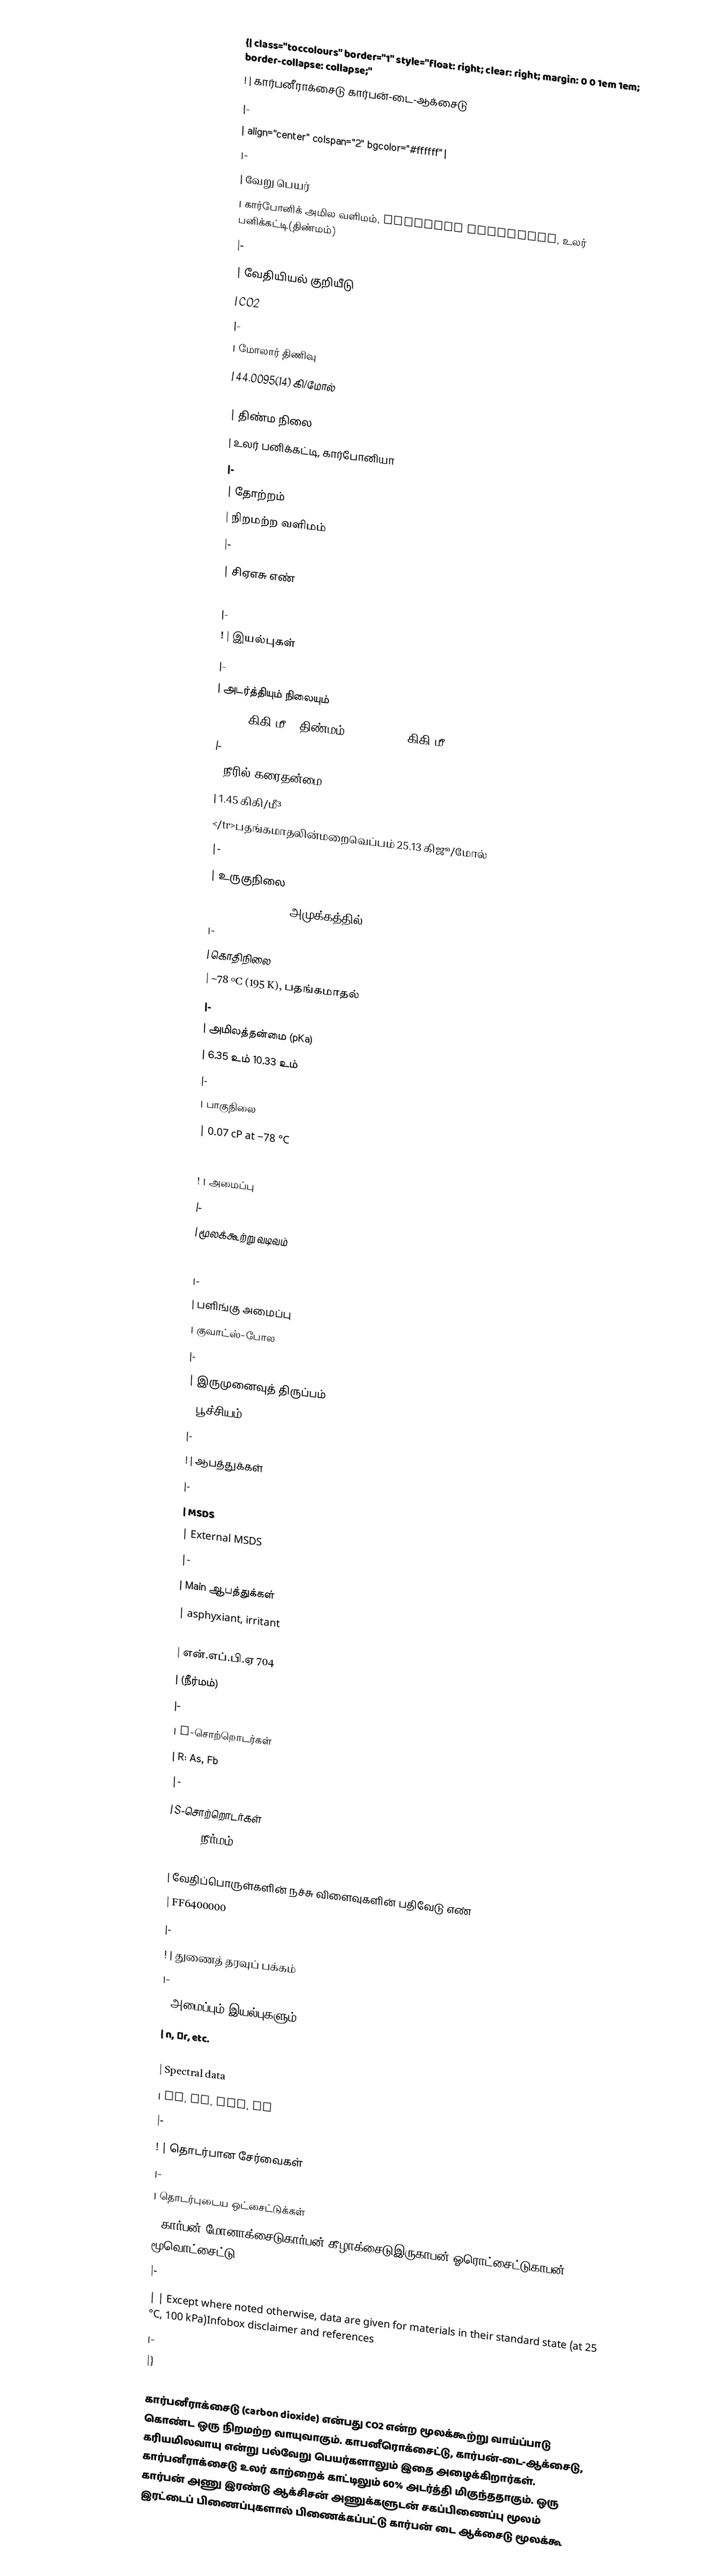
{| class="toccolours" border="1" style="float: right; clear: right; margin: 0 0 1em 1em; border-collapse: collapse;"
! | கார்பனீராக்சைடு கார்பன்-டை-ஆக்சைடு
|-
| align="center" colspan="2" bgcolor="#ffffff" |
|-
| வேறு பெயர்
| கார்போனிக் அமில வளிமம், carbonic anhydride, உலர் பனிக்கட்டி(திண்மம்)
|-
| வேதியியல் குறியீடு
| CO2
|-
| மோலார் திணிவு
| 44.0095(14) கி/மோல்
|-
| திண்ம நிலை
| உலர் பனிக்கட்டி, கார்போனியா
|-
| தோற்றம்
| நிறமற்ற வளிமம்
|-
| சிஏஎசு எண்
| [124-38-9]
|-
!  | இயல்புகள்
|-
| அடர்த்தியும் நிலையும்
| 1600 கிகி/மீ³, திண்மம் approx. 1.98 கிகி/மீ³, gas at STP
|-
| நீரில் கரைதன்மை
| 1.45 கிகி/மீ³
</tr>பதங்கமாதலின்மறைவெப்பம் 25.13 கிஜூ/மோல்
|-
| உருகுநிலை
| −57 °C (216 K), அமுக்கத்தில்
|-
| கொதிநிலை
| −78 °C (195 K), பதங்கமாதல்
|-
| அமிலத்தன்மை (pKa)
| 6.35 உம் 10.33 உம்
|-
| பாகுநிலை
| 0.07 cP at −78 °C
|-

!  | அமைப்பு
|-
| மூலக்கூற்று வடிவம்

| linear
|-
| பளிங்கு அமைப்பு
| குவாட்ஸ்-போல
|-
| இருமுனைவுத் திருப்பம்
| பூச்சியம்
|-
!  | ஆபத்துக்கள்
|-
| MSDS
| External MSDS
|-
| Main ஆபத்துக்கள்
| asphyxiant, irritant
|-
| என்.எப்.பி.ஏ 704
| (நீர்மம்)
|-
| R-சொற்றொடர்கள்
| R: As, Fb
|-
| S-சொற்றொடர்கள்
| , , (நீர்மம்)
|-
| வேதிப்பொருள்களின் நச்சு விளைவுகளின் பதிவேடு எண்
| FF6400000
|-
!  | துணைத் தரவுப் பக்கம்
|-
| அமைப்பும் இயல்புகளும்
| n, εr, etc.
|-
| Spectral data
| UV, IR, NMR, MS
|-
!  | தொடர்பான சேர்வைகள்
|-
| தொடர்புடைய ஒட்சைட்டுக்கள்
| கார்பன் மோனாக்சைடுகார்பன் கீழாக்சைடுஇருகாபன் ஓரொட்சைட்டுகாபன் மூவொட்சைட்டு
|-
|  | Except where noted otherwise, data are given for materials in their standard state (at 25 °C, 100 kPa)Infobox disclaimer and references
|-
|}

கார்பனீராக்சைடு (carbon dioxide) என்பது CO2 என்ற மூலக்கூற்று வாய்ப்பாடு கொண்ட ஒரு நிறமற்ற வாயுவாகும். காபனீரொக்சைட்டு,  கார்பன்-டை-ஆக்சைடு, கரியமிலவாயு என்று பல்வேறு பெயர்களாலும் இதை அழைக்கிறார்கள். கார்பனீராக்சைடு உலர் காற்றைக் காட்டிலும் 60% அடர்த்தி மிகுந்ததாகும். ஒரு கார்பன் அணு இரண்டு ஆக்சிசன் அணுக்களுடன் சகப்பிணைப்பு மூலம் இரட்டைப் பிணைப்புகளால் பிணைக்கப்பட்டு கார்பன் டை ஆக்சைடு மூலக்கூ